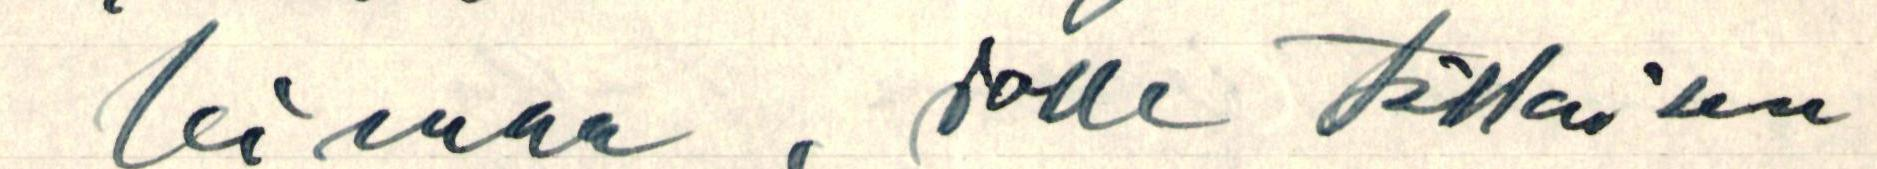
leimaa, jolle tällaisen